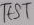
Text: TEST